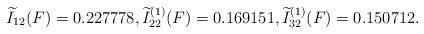
LaTeX: \begin{align*}\widetilde{I}_{12}(F)=0.227778, \widetilde{I}_{22}^{(1)}(F)=0.169151, \widetilde{I}_{32}^{(1)}(F)=0.150712.\end{align*}